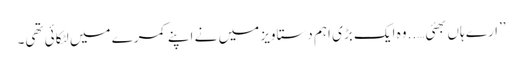
’’ارے ہاں بھئی…..وہ ایک بڑی اہم دستاویز میں نے اپنے کمرے میں لٹکائی تھی۔